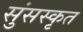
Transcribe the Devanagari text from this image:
सुंसस्कृत